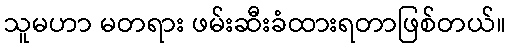
သူမဟာ မတရား ဖမ်းဆီးခံထားရတာဖြစ်တယ်။